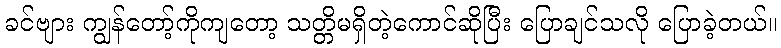
ခင်ဗျား ကျွန်တော့်ကိုကျတော့ သတ္တိမရှိတဲ့ကောင်ဆိုပြီး ပြောချင်သလို ပြောခဲ့တယ်။